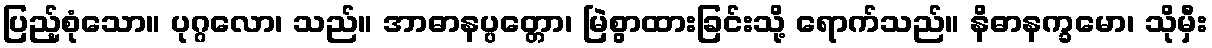
ပြည့်စုံသော။ ပုဂ္ဂလော၊ သည်။ အာဓာနပ္ပတ္တော၊ မြဲစွာထားခြင်းသို့ ရောက်သည်။ နိဓာနက္ခမော၊ သိုမှီး